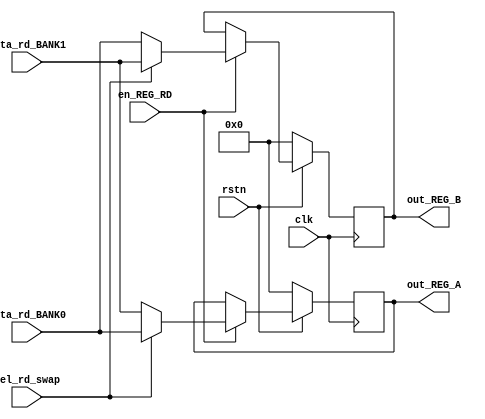
module RD(
    input clk, rstn,
    input [31:0] data_rd_BANK1, data_rd_BANK0,
    input en_REG_RD,
    input wire sel_rd_swap,
    output [31:0] out_REG_A, out_REG_B
); 

    reg  [31:0] REG_A, REG_B, REG_C;
    wire [31:0] out_change0, out_change1;
    wire [31:0] out_dout;

    assign out_change1 = !sel_rd_swap ? data_rd_BANK1 : data_rd_BANK0;
    assign out_change0 = !sel_rd_swap ? data_rd_BANK0 : data_rd_BANK1;

    always @(posedge clk)
    begin
        if (!rstn) REG_A <= 0;
        else if (en_REG_RD) REG_A <= out_change1;
        else REG_A <= REG_A;
    end

    always @(posedge clk)
    begin
        if (!rstn) REG_B <= 0;
        else if (en_REG_RD) REG_B <= out_change0;
        else REG_B <= REG_B;
    end


    assign out_REG_A = REG_A;
    assign out_REG_B = REG_B;


endmodule